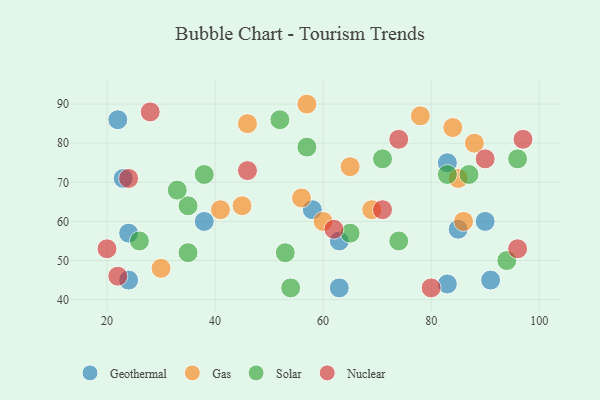
{"axis": {"x": "GDP", "y": "Life Expectancy"}, "legend": ["Gas", "Geothermal", "Nuclear", "Solar"], "data": [{"x": "24", "y": 57, "type": "Geothermal"}, {"x": "83", "y": 44, "type": "Geothermal"}, {"x": "58", "y": 63, "type": "Geothermal"}, {"x": "23", "y": 71, "type": "Geothermal"}, {"x": "63", "y": 43, "type": "Geothermal"}, {"x": "38", "y": 60, "type": "Geothermal"}, {"x": "83", "y": 75, "type": "Geothermal"}, {"x": "24", "y": 45, "type": "Geothermal"}, {"x": "91", "y": 45, "type": "Geothermal"}, {"x": "22", "y": 86, "type": "Geothermal"}, {"x": "85", "y": 58, "type": "Geothermal"}, {"x": "63", "y": 55, "type": "Geothermal"}, {"x": "90", "y": 60, "type": "Geothermal"}, {"x": "57", "y": 90, "type": "Gas"}, {"x": "65", "y": 74, "type": "Gas"}, {"x": "46", "y": 85, "type": "Gas"}, {"x": "45", "y": 64, "type": "Gas"}, {"x": "84", "y": 84, "type": "Gas"}, {"x": "78", "y": 87, "type": "Gas"}, {"x": "56", "y": 66, "type": "Gas"}, {"x": "85", "y": 71, "type": "Gas"}, {"x": "69", "y": 63, "type": "Gas"}, {"x": "88", "y": 80, "type": "Gas"}, {"x": "60", "y": 60, "type": "Gas"}, {"x": "41", "y": 63, "type": "Gas"}, {"x": "86", "y": 60, "type": "Gas"}, {"x": "30", "y": 48, "type": "Gas"}, {"x": "35", "y": 52, "type": "Solar"}, {"x": "96", "y": 76, "type": "Solar"}, {"x": "87", "y": 72, "type": "Solar"}, {"x": "65", "y": 57, "type": "Solar"}, {"x": "26", "y": 55, "type": "Solar"}, {"x": "74", "y": 55, "type": "Solar"}, {"x": "38", "y": 72, "type": "Solar"}, {"x": "54", "y": 43, "type": "Solar"}, {"x": "52", "y": 86, "type": "Solar"}, {"x": "71", "y": 76, "type": "Solar"}, {"x": "57", "y": 79, "type": "Solar"}, {"x": "35", "y": 64, "type": "Solar"}, {"x": "83", "y": 72, "type": "Solar"}, {"x": "94", "y": 50, "type": "Solar"}, {"x": "33", "y": 68, "type": "Solar"}, {"x": "53", "y": 52, "type": "Solar"}, {"x": "96", "y": 53, "type": "Nuclear"}, {"x": "97", "y": 81, "type": "Nuclear"}, {"x": "22", "y": 46, "type": "Nuclear"}, {"x": "90", "y": 76, "type": "Nuclear"}, {"x": "24", "y": 71, "type": "Nuclear"}, {"x": "28", "y": 88, "type": "Nuclear"}, {"x": "62", "y": 58, "type": "Nuclear"}, {"x": "46", "y": 73, "type": "Nuclear"}, {"x": "71", "y": 63, "type": "Nuclear"}, {"x": "80", "y": 43, "type": "Nuclear"}, {"x": "74", "y": 81, "type": "Nuclear"}, {"x": "20", "y": 53, "type": "Nuclear"}]}